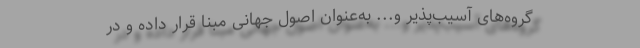
گروه‌های آسیب‌پذیر و...‌ به‌عنوان اصول جهانی مبنا قرار داده و در